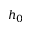
h _ { 0 }